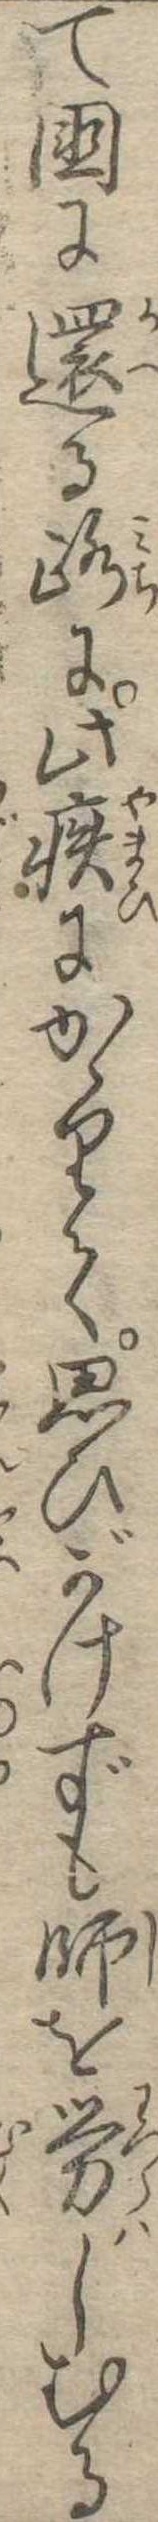
て国に還る路に此疾にかゝりて思ひがけずも師を労しむる